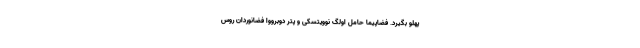
پهلو بگیرد. فضاپیما حامل اولگ نوویتسکی و پتر دوبرووا فضانوردان روس